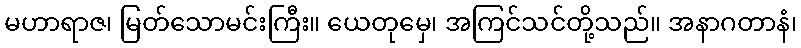
မဟာရာဇ၊ မြတ်သောမင်းကြီး။ ယေတုမှေ၊ အကြင်သင်တို့သည်။ အနာဂတာနံ၊